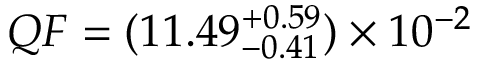
Q F = ( 1 1 . 4 9 _ { - 0 . 4 1 } ^ { + 0 . 5 9 } ) \times 1 0 ^ { - 2 }